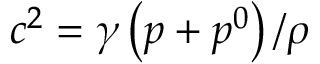
c ^ { 2 } = \gamma \left( p + p ^ { 0 } \right) / \rho